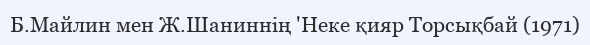
Б.Майлин мен Ж.Шаниннің 'Неке қияр Торсықбай (1971)